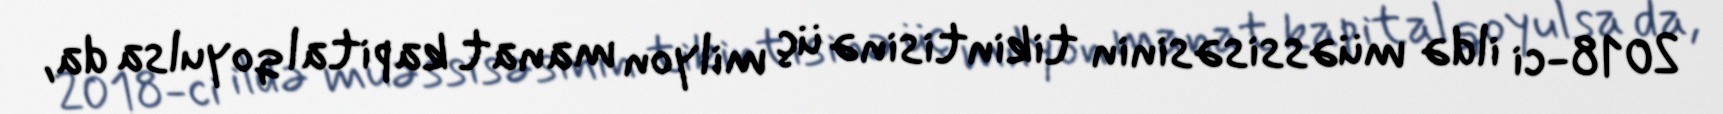
2018-ci ildə müəssisəsinin tikintisinə üç milyon manat kapital qoyulsa da,